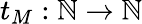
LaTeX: t_{M}:\mathbb{N}\to\mathbb{N}